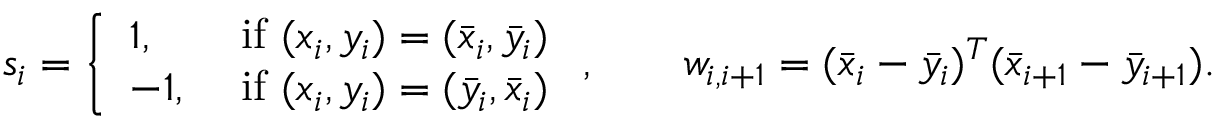
\begin{array} { r } { s _ { i } = \left\{ \begin{array} { l l } { 1 , } & { \mathrm { ~ i f ~ } ( x _ { i } , y _ { i } ) = ( \bar { x } _ { i } , \bar { y } _ { i } ) } \\ { - 1 , } & { \mathrm { ~ i f ~ } ( x _ { i } , y _ { i } ) = ( \bar { y } _ { i } , \bar { x } _ { i } ) } \end{array} \right. , \qquad w _ { i , i + 1 } = ( \bar { x } _ { i } - \bar { y } _ { i } ) ^ { T } ( \bar { x } _ { i + 1 } - \bar { y } _ { i + 1 } ) . } \end{array}